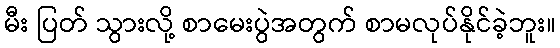
မီး ပြတ် သွားလို့ စာမေးပွဲအတွက် စာမလုပ်နိုင်ခဲ့ဘူး။